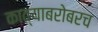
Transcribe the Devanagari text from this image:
काव्याबरोबरच